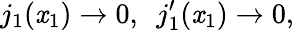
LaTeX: j_{1}(\mathit{x}_{1})\rightarrow0,\ \ j_{1}^{\prime}(\mathit{x}_{1})\rightarrow0,